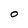
Character: O